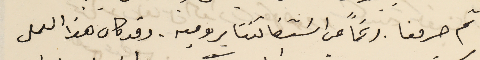
ثم حرمنا. رغماً عن اسَتقالتنا بروميه. وقد كان هذا العمل